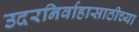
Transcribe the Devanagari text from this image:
उदरनिर्वाहासाठीच्या